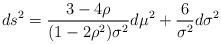
LaTeX: \begin{align*}ds^{2}=\frac{3-4\rho}{(1-2\rho^{2})\sigma^{2}}d\mu^{2}+\frac{6}{\sigma^{2}}d\sigma^{2}\end{align*}